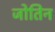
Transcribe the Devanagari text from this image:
जोतिन